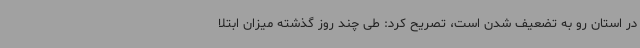
در استان رو به تضعیف شدن است، تصریح کرد: طی چند روز گذشته میزان ابتلا